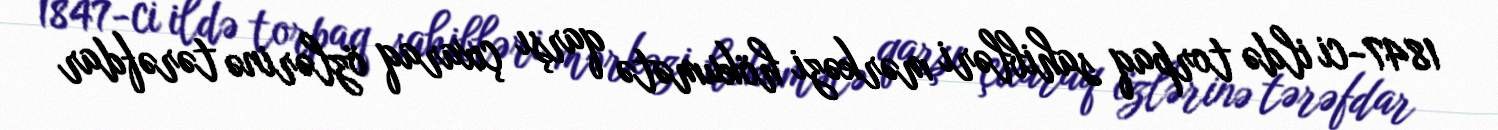
1847-ci ildə torpaq sahibləri mərkəzi hökumətə qarşı çıxaraq özlərinə tərəfdar